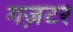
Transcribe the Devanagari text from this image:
गज़टर